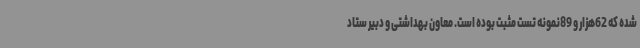
شده که 62هزار و 89نمونه تست مثبت بوده است. معاون بهداشتی و دبیر ستاد